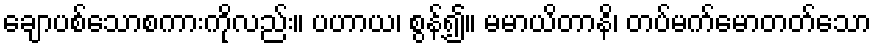
ချောပစ်သောစကားကိုလည်း။ ပဟာယ၊ စွန့်၍။ မမာယိတာနိ၊ တပ်မက်မောတတ်သော